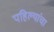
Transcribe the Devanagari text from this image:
पहिल्यांचा